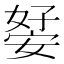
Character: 𭒊